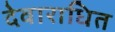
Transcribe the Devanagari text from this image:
देवाराधित